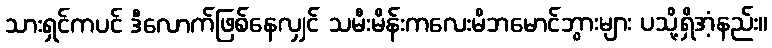
သားရှင်ကပင် ဒီလောက်ဖြစ်နေလျှင် သမီးမိန်းကလေးမိဘမောင်ဘွားများ ပသို့ရှိအံ့နည်း။